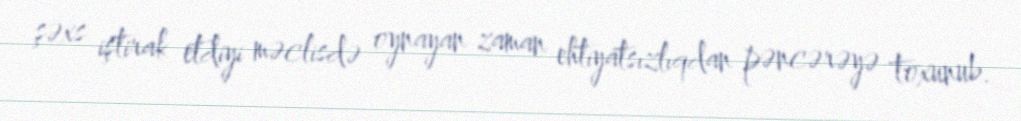
şəxs iştirak etdiyi məclisdə oynayan zaman ehtiyatsızlıqdan pəncərəyə toxunub.